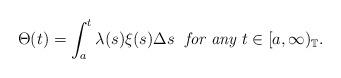
LaTeX: \begin{align*}\Theta(t)= \int_a^t \lambda(s)\xi(s) \Delta s \ \ \textit{for any} \ t \in [a,\infty)_\mathbb{T}.\end{align*}